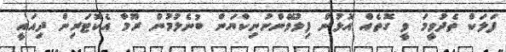
ފަލަކް ތެދުވީމަ ވީ ގޮތެއް އޮޅުން ފިލުވޭންނުނިކްޔަން ބުނެލުމުން ރޫމާ އެކޮޓަރިން ދިއައީ